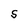
Character: S